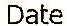
DATE